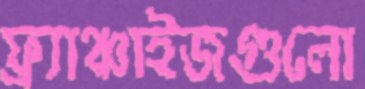
ফ্র্যাঞ্চাইজগুলো